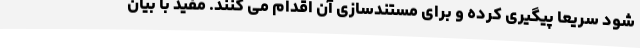
شود سریعا پیگیری کرده و برای مستندسازی آن اقدام می کنند. مفید با بیان